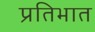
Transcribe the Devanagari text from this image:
प्रतिभात